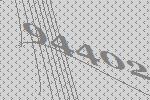
94402